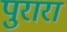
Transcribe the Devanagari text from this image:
पुरारा